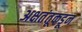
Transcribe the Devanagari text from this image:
अक्षतंतूकडून